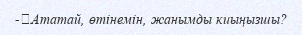
-	Ататай, өтінемін, жанымды киыңызшы?